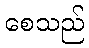
စေသည်